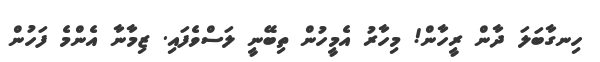
ހިނގާބަލަ ދާން ރީހާން! މިހާރު އެމީހުން ތިބޭނީ ލަސްވެފައި. ޒިމާނާ އެންމެ ފަހުން